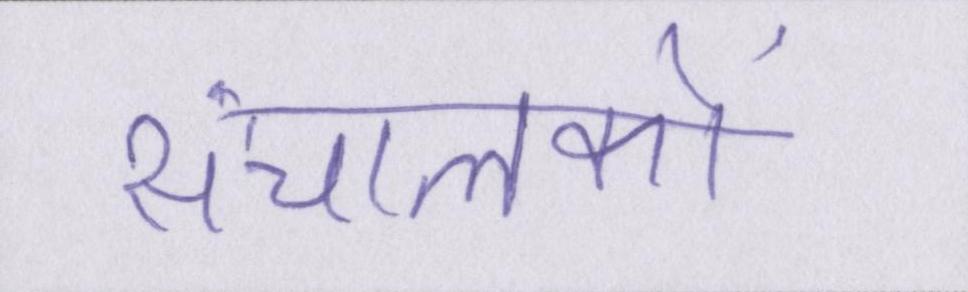
संचालकों